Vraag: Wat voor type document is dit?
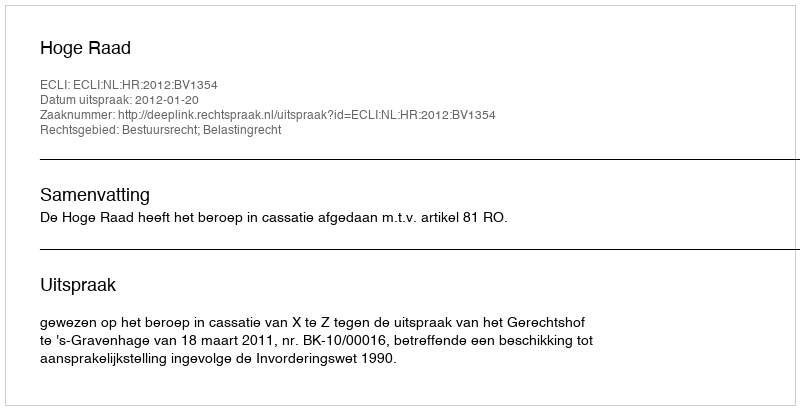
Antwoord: Uitspraak